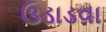
ઉડાડવા